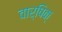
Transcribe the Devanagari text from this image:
वार्षिक्